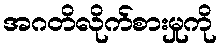
အဂတိလိုက်စားမှုကို